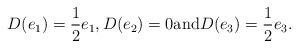
LaTeX: \begin{align*}D(e_1)=\frac{1}{2}e_1, D(e_2)=0 \textrm{and} D(e_3)=\frac{1}{2}e_3.\end{align*}